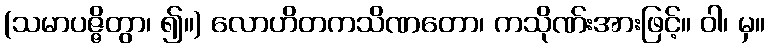
(သမာပဇ္ဇိတွာ၊ ၍။) လောဟိတကသိဏတော၊ ကသိုဏ်းအားဖြင့်။ ဝါ၊ မှ။